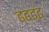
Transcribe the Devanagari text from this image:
ढ्ढढ्ढ